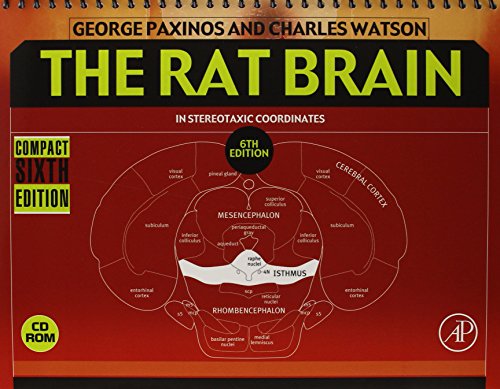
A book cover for The Rat Brain in Stereotaxic Coordinates: Compact, Sixth Edition; George Paxinos; Medical Books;